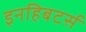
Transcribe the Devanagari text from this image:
इनहिबटर्स